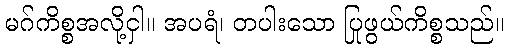
မဂ်ကိစ္စအလို့ငှါ။ အပရံ၊ တပါးသော ပြုဖွယ်ကိစ္စသည်။